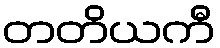
တတိယကီ